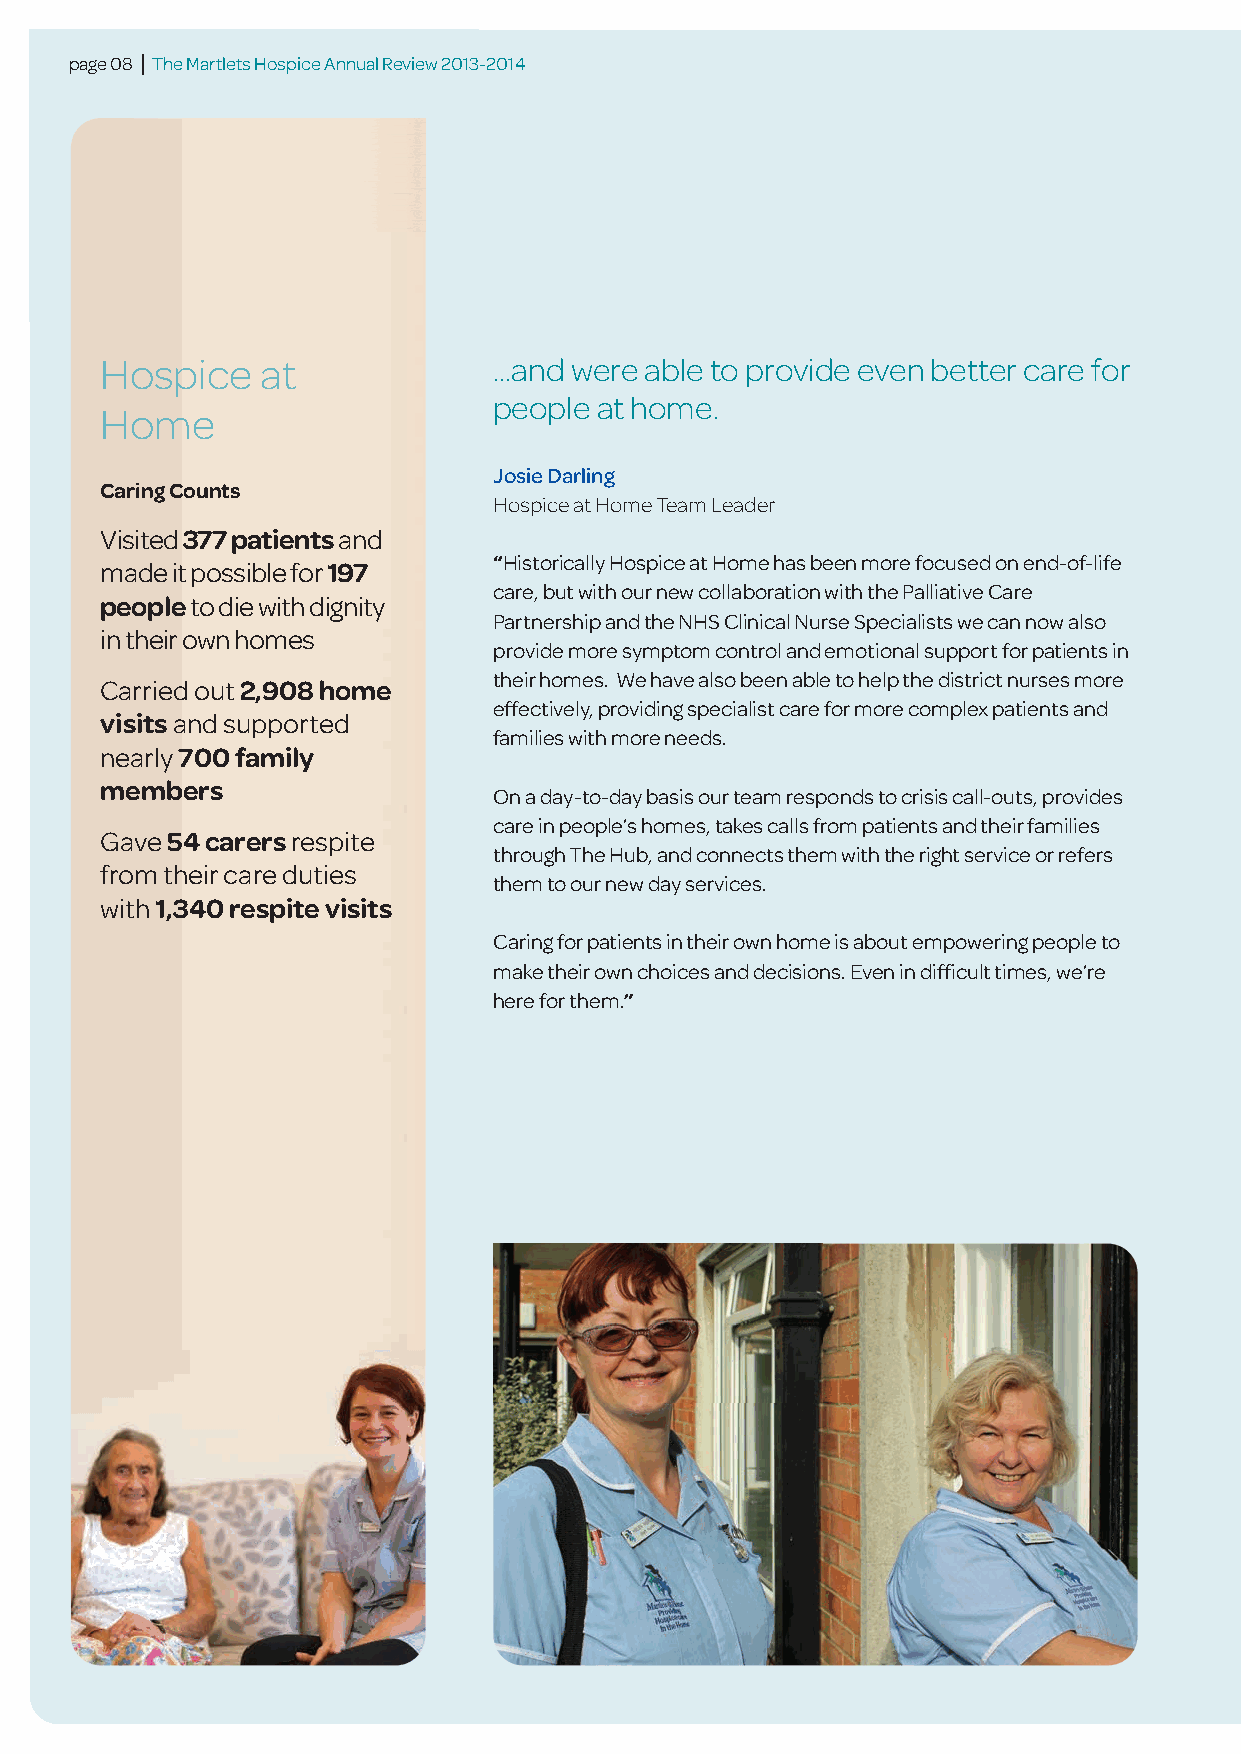
page 08 | The Martlets Hospice Annual Review 2013-2014
 Hospice   at              ...and were able to provide even better care for
 people at home.
 Home
 Josie Darling
 Caring Counts
 Hospice at Home Team Leader
 Visited 377 patientsand
 “Historically Hospice at Home has been more focused on end-of-life
 made it possible for 197
 care, but with our new collaboration with the Palliative Care
 peopleto die with dignity
 Partnership and the NHS Clinical Nurse Specialists we can now also
 in their own homes
 provide more symptom control and emotional support for patients in
 their homes. We have also been able to help the district nurses more
 Carried out 2,908 home
 effectively, providing specialist care for more complex patients and
 visitsand supported
 families with more needs.
 nearly 700 family
 members
 On a day-to-day basis our team responds to crisis call-outs, provides
 care in people’s homes, takes calls from patients and their families
 Gave 54 carersrespite
 through The Hub, and connects them with the right service or refers
 from their care duties
 them to our new day services.
 with 1,340 respite visits
 Caring for patients in their own home is about empowering people to
 make their own choices and decisions. Even in difficult times, we’re
 here for them.”